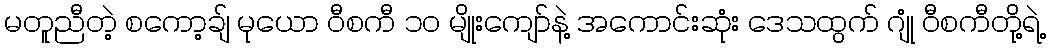
မတူညီတဲ့ စကော့ချ် မုယော ဝီစကီ ၁၀ မျိုးကျော်နဲ့ အကောင်းဆုံး ဒေသထွက် ဂျုံ ဝီစကီတို့ရဲ့